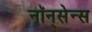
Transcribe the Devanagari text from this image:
नॉन्‌सेन्स